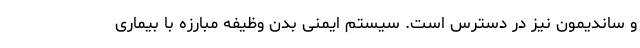
و ساندیمون نیز در دسترس است. سیستم ایمنی بدن وظیفه مبارزه با بیماری